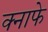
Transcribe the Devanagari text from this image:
क्नाफे